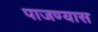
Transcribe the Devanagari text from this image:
पाजण्यास